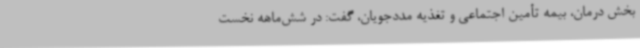
بخش درمان، بیمه تأمین اجتماعی و تغذیه مددجویان، گفت: در شش‌ماهه نخست